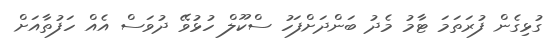
ގުޅިގެން ފުރަތަމަ ޓާމު މެދު ބަންދަށްފަހު ސްކޫލް ހުޅުވޭ ދުވަސް އެއް ހަފުތާއަށް